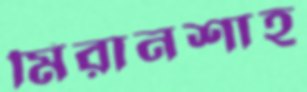
মিরানশাহ